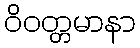
ဝိဝတ္တမာနာ